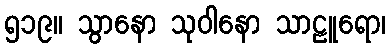
၅၁၉။ သွာနော သုဝါနော သာဠူရော၊